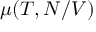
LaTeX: \mu ( T , N / V )